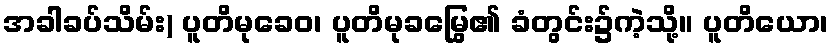
အခါခပ်သိမ်း) ပူတိမုခေဝ၊ ပူတိမုခမြွေ၏ ခံတွင်း၌ကဲ့သို့။ ပူတိယော၊